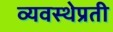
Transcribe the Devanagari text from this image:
व्यवस्थेप्रती